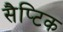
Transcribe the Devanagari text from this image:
सैप्टिक